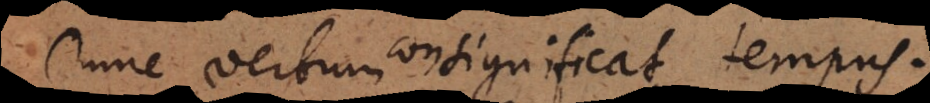
Omne verbum significat tempus.